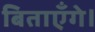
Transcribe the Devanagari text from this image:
बिताएँगे।